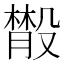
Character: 𣫄